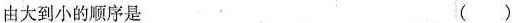
由大到小的顺序是 ()